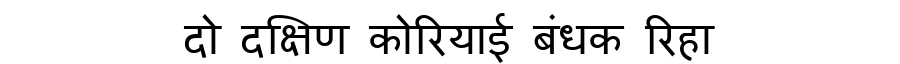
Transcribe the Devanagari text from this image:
दो दक्षिण कोरियाई बंधक रिहा